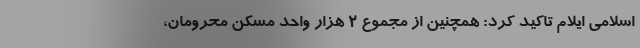
اسلامی ایلام تاکید کرد: همچنین از مجموع ۲ هزار واحد مسکن محرومان،